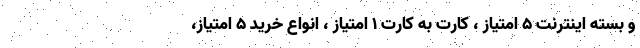
و بسته اینترنت 5 امتیاز ، کارت به کارت 1 امتیاز ، انواع خرید 5 امتیاز،